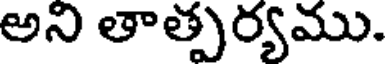
అని తాత్పర్యము.